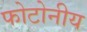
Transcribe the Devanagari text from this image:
फोटोनीय